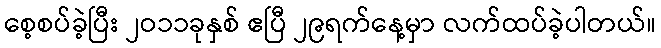
စေ့စပ်ခဲ့ပြီး ၂ဝ၁၁ခုနှစ် ဧပြီ ၂၉ရက်နေ့မှာ လက်ထပ်ခဲ့ပါတယ်။